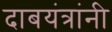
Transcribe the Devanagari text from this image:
दाबयंत्रांनी